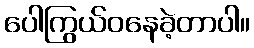
ပေါကြွယ်ဝနေခဲ့တာပါ။